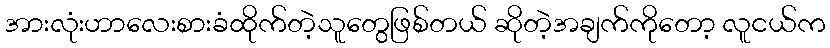
အားလုံးဟာလေးစားခံထိုက်တဲ့သူတွေဖြစ်တယ် ဆိုတဲ့အချက်ကိုတော့ လူငယ်က